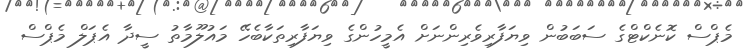
މެޕްސް ކޮނެކްޓްގެ ސަބަބުން ވިޔަފާރިވެރިންނަށް އެމީހުންގެ ވިޔަފާރިތަކާބެހޭ މައުލޫމާތު ސީދާ އެޕަލް މެޕްސް